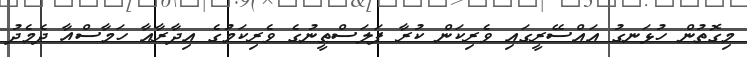
މިގޮތުން ހުޅަނގު އައްސޭރީގައި ވެރިކަން ކުރާ ފަލަސްޠީނުގެ ވެރިކަމުގެ އިދާރާއާ ހަމާސްއާ ދެމެދު